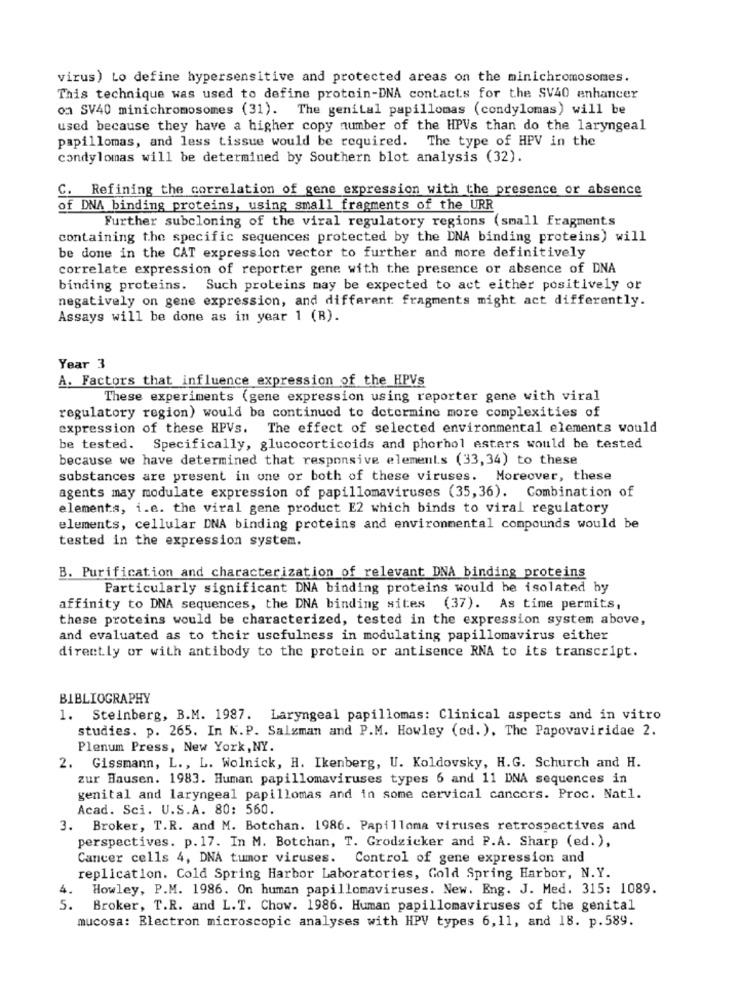
virus) Lo define hypersensitive and protected areas on the minichromosomes.
This technique was used to define protein-DNA contacts for the SV40 enhancer
on SV40 minichromosomes (31). The genital papillomas (condylomas) will be
used because they have a higher copy number of the HPVs than do the laryngeal
papillomas, and less tissue would be required. The type of HPV in the
candylomas will be determined by Southern blot analysis (32).
C. Refining the correlation of gene expression with the presence or absence
of DNA binding proteins, using small fragments of the URR
Further subcloning of the viral regulatory regions (small fragments
containing the specific sequences protected by the DNA binding proteins) will
be done in the CAT expression vector to further and more definitively
correlate expression of reporter gene with the presence or absence of DNA
binding proteins. Such proteins may be expected to act either positively or
negatively on gene expression, and different fragments might act differently.
Assays will be done as in year 1 (B).
Year 3
A. Factors that influence expression of the HPVs
These experiments (gene expression using reporter gene with viral
regulatory region) would be continued to determine more complexities of
expression of these HPVs. The effect of selected environmental elements would
be tested. Specifically, glucocorticoids and phorhol esters would be tested
because we have determined that responsive elements (33,34) to these
substances are present in one or both of these viruses.
Moreover, these
agents may modulate expression of papillomaviruses (35,36). Combination of
elements, i.e. the viral gene product E2 which binds to viral regulatory
elements, cellular DNA binding proteins and environmental compounds would be
tested in the expression system.
B. Purification and characterization of relevant DNA binding proteins
Particularly significant DNA binding proteins would be isolated by
affinity to DNA sequences, the DNA binding sites (37). As time permits,
these proteins would be characterized, tested in the expression system above,
and evaluated as to their usefulness in modulating papillomavirus either
directly or with antibody to the protein or antisence RNA to its transcript.
BIBLIOGRAPHY
1. Steinberg, B.M. 1987. Laryngeal papillomas: Clinical aspects and in vitro
studies. p. 265. In N.P. Salzman and P.M. Howley (od. ). The Papovaviridae 2.
Plenum Press, New York, NY.
2. Gissmann, L ., L. Wolnick, H. Ikenberg, U. Koldovsky, H.G. Schurch and H.
zur Hausen. 1983. Human papillomaviruses types 6 and 11 DNA sequences in
genital and laryngeal papillomas and in some cervical cancers. Proc. Natl.
Acad. Sci. U.S.A. 80: 560.
3. Broker, T.R. and M. Botchan. 1986. Papilloma viruses retrospectives and
perspectives. p. 17. In M. Botchan, T. Grodzicker and P.A. Sharp (ed. ),
Cancer cells 4, DNA tumor viruses. Control of gene expression and
replication. Cold Spring Harbor Laboratories, Cold Spring Harbor, N.Y.
Howley, P.M. 1986. On human papillomaviruses. New. Eng. J. Med. 315: 1089.
5.
Broker, T.R. and L.T. Chow. 1986. Human papillomaviruses of the genital
mucosa: Electron microscopic analyses with HPV types 6,11, and 18. p.589.